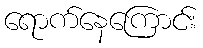
ရောက်နေကြောင်း